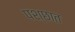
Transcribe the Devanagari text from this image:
पश्छात